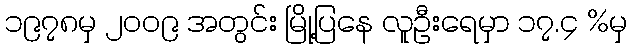
၁၉၇၈မှ ၂၀၀၉ အတွင်း မြို့ပြနေ လူဦးရေမှာ ၁၇.၄ %မှ